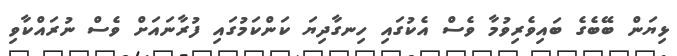
ޅިޔަން ބޭބެގެ ބައިވެރިވުމާ ވެސް އެކުގައި ހިނގާދިޔަ ކަންކަމުގައި ފުރާނައަށް ވެސް ނުރައްކާވި